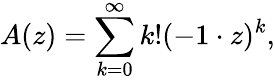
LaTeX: A(z)=\sum_{k=0}^{\infty}k!(-1\cdot z)^{k},